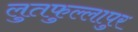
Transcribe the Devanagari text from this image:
लुतफुल्लापुर